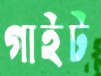
গাইট